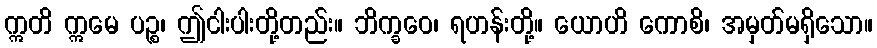
ဣတိ ဣမေ ပဉ္စ၊ ဤငါးပါးတို့တည်း။ ဘိက္ခဝေ၊ ရဟန်းတို့။ ယောဟိ ကောစိ၊ အမှတ်မရှိသော။